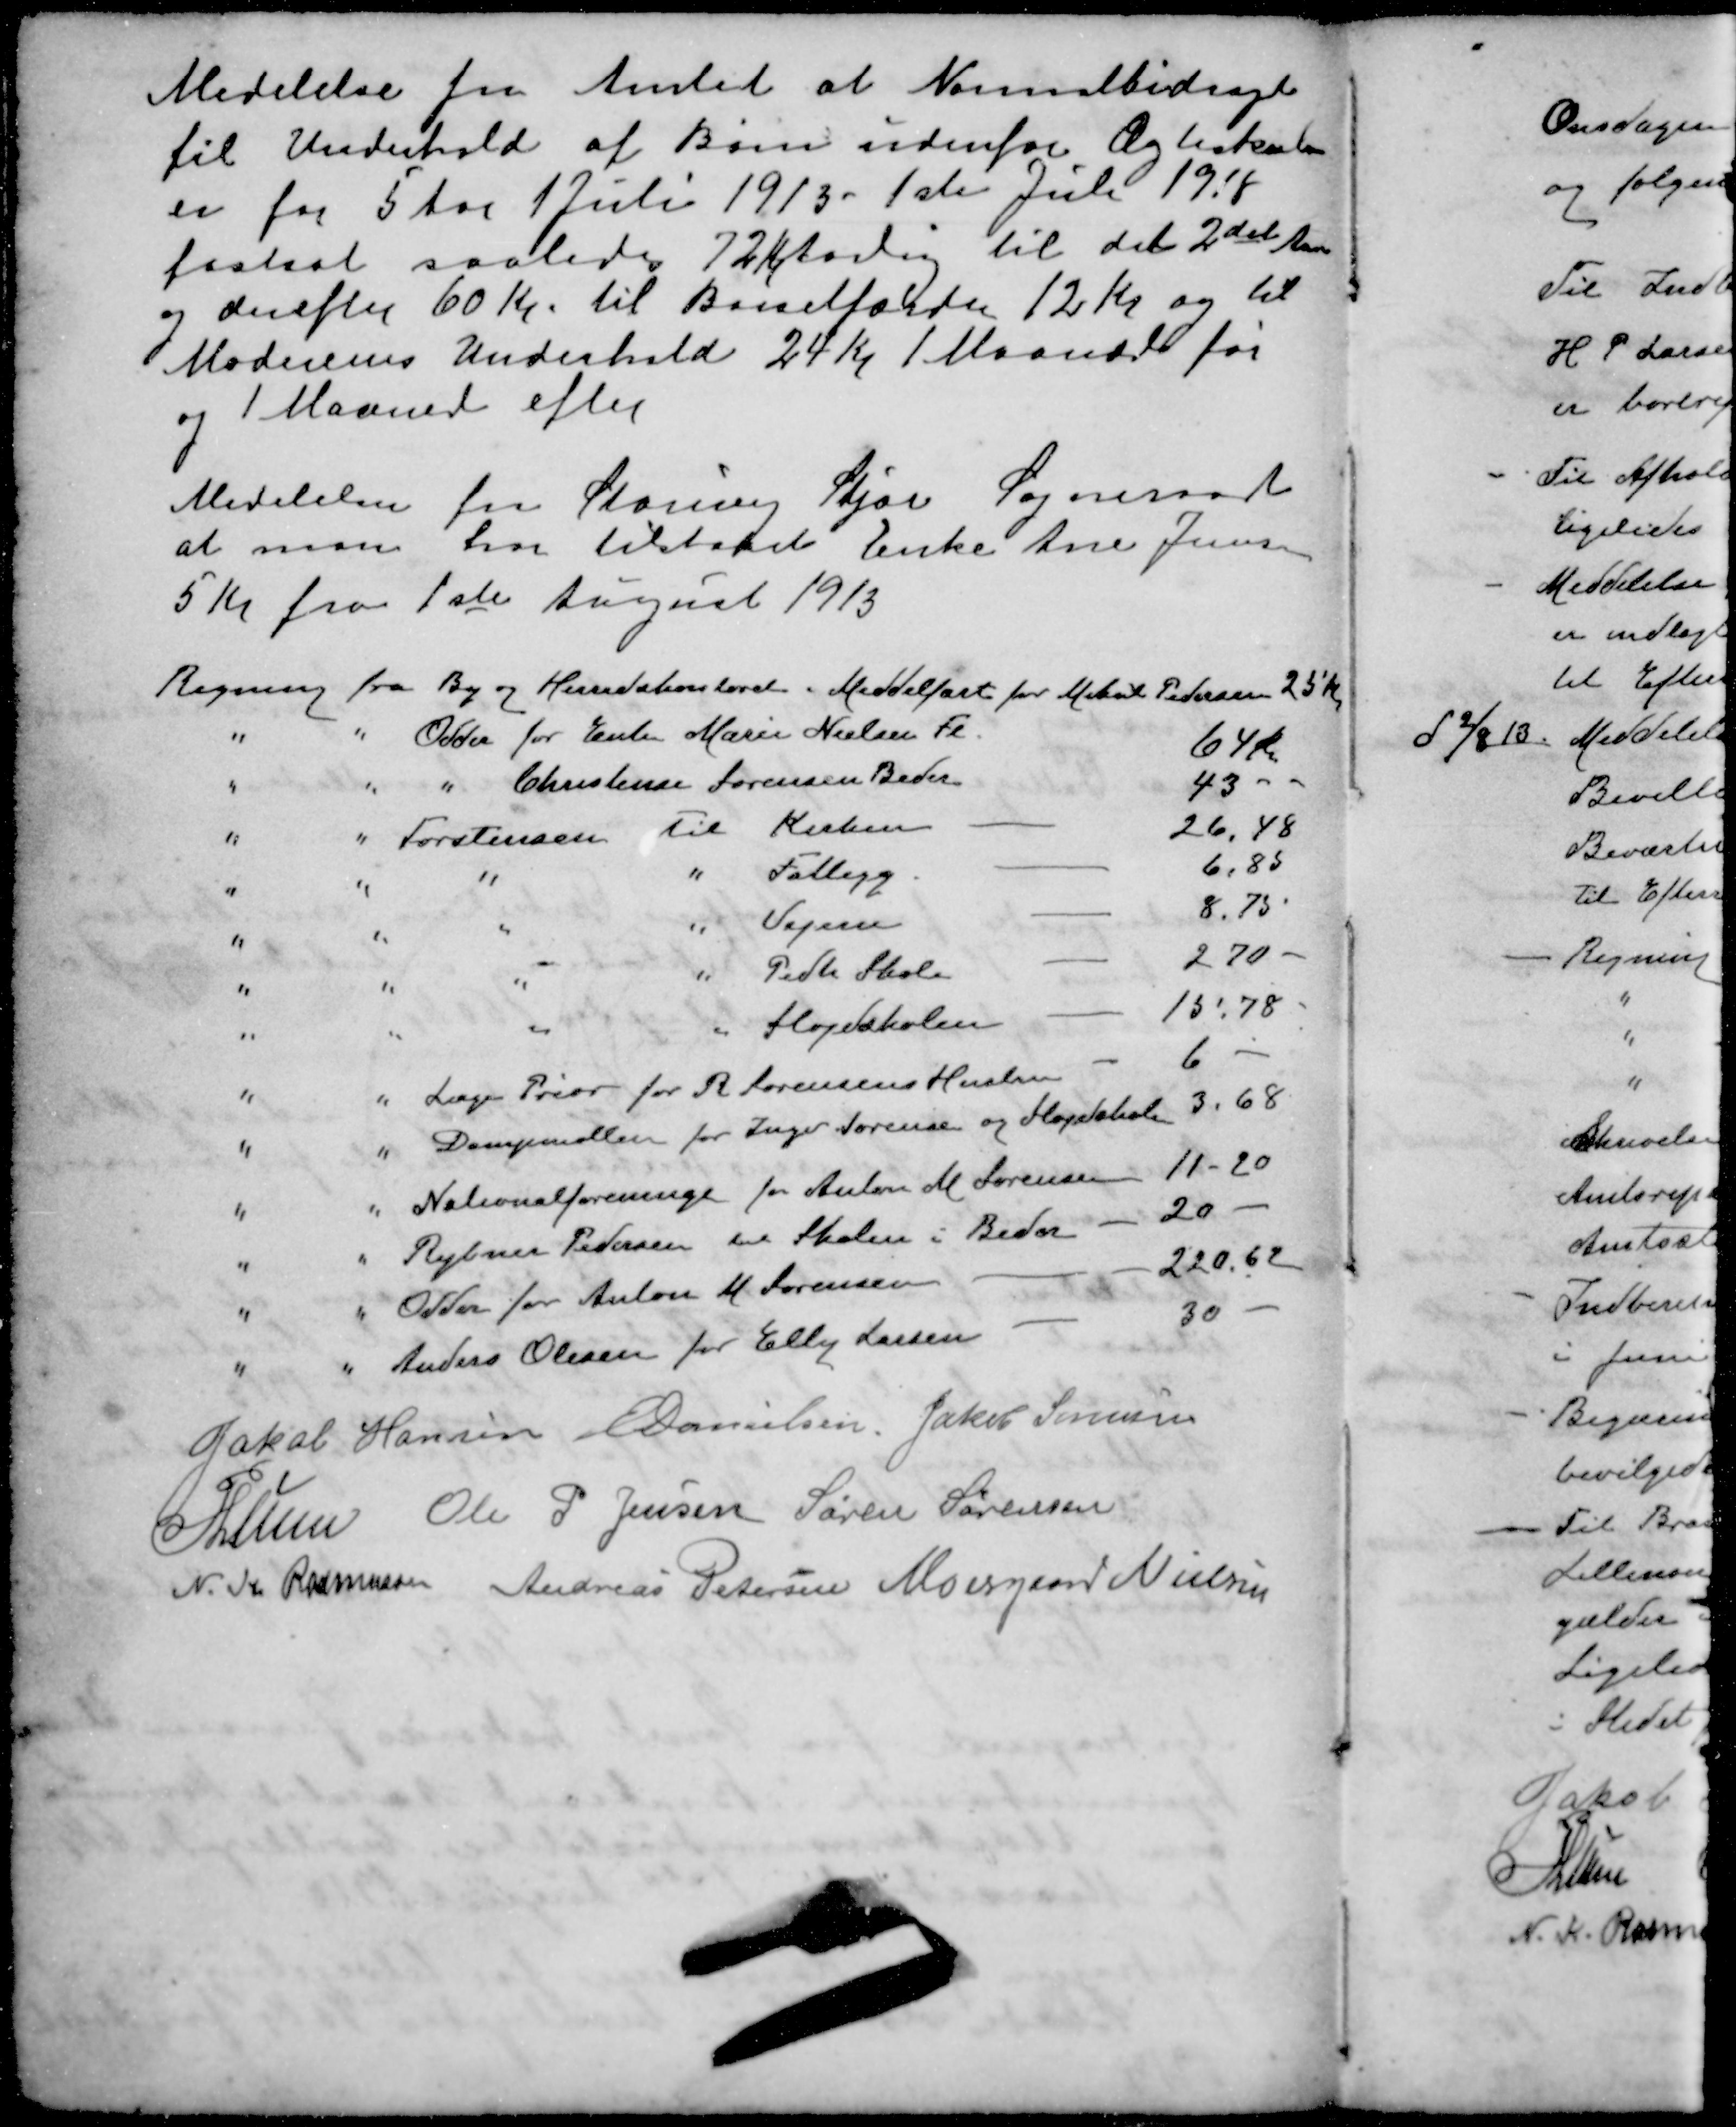
Transskription:
Medelelse fra Amtet at Normalbidraget
til Underhold af Børn udenfor Ægteskab
er for 5 Aar 1 Juli 1913 - 1ste Juli 1918
fastsat saaledes 72 Kr Aarlig til det 2det Aar
og derefter 60 Kr. til Barselfærden 12 Kr. og til
Moderenes Underhold 24 Kr. 1 Maaned før
og 1 Maaned efter
Medelelse fra Storring Stjær Sogneraad
at man har tilstaaet Enke Ane Jensen
5 Kr fra 1ste August 1913
Regning fra By og Herredskontoret i Middelfart for Mikael Pedersen 25 Kr
" " Odder for Enke Marie Nielsen Fl. 64 Kr.
" " " Christine Sørensen Beder 43 -
" " Torstensen til Kirken - 26,48
" " " " Fattigg - 6,85
" " " " Vajsen - 8.75
" " " " Pedh Skole - 270 -
" " " " Sløjdskolen - 15.78
" " Læge Prior for R Sørensens Hustru - 6 -
" " Dampmøllen for Inger Sørense og Sløjdskole 3.68
" " Nationalforeningen for Anton M. Sørensen 11-20
" " Rybner Pedersen til Skolen i Beder - 20 -
" " Odder for Anton M. Sørensen - 220,62
" " Anders Olesen for Elly Larsen - 30 -
Jakob Hansen
E Danielsen
Jakob Sørensen
P Lunn
Ole P Jensen
Søren Sørensen
N. K. Rasmussen
Andreas Petersen
Moesgaard Nielsen